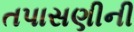
તપાસણીની